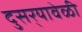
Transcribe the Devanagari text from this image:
दुसर्‍यावेळी